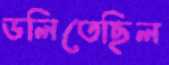
ডলিতেছিল